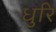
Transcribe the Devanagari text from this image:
धुरि